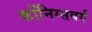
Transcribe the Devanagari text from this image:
कोंनिग्सबर्ग